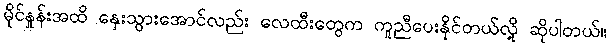
မိုင်နှုန်းအထိ နှေးသွားအောင်လည်း လေထီးတွေက ကူညီပေးနိုင်တယ်လို့ ဆိုပါတယ်။